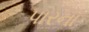
પારના